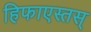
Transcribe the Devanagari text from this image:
हिफाएस्तस्‌